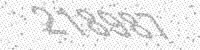
Solution: 218987